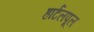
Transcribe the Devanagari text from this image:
हार्टलपूल